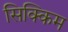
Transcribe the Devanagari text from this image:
सिक्‍िकम